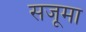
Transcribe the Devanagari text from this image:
सजूमा